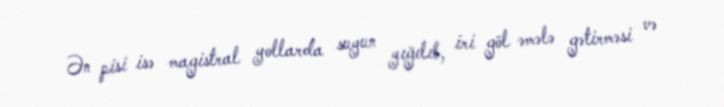
Ən pisi isə magistral yollarda suyun yığılıb, iri göl əmələ gətirməsi və